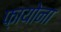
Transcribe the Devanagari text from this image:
फ़ायोना